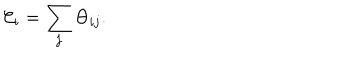
{ \cal C } _ { i } = \sum _ { j } \Theta _ { i j } .